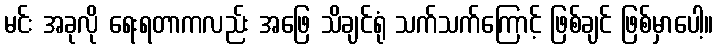
မင်း အခုလို ရေးရတာကလည်း အဖြေ သိချင်ရုံ သက်သက်ကြောင့် ဖြစ်ချင် ဖြစ်မှာပေါ့။